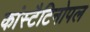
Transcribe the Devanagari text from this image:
कांस्टैटिनोपल